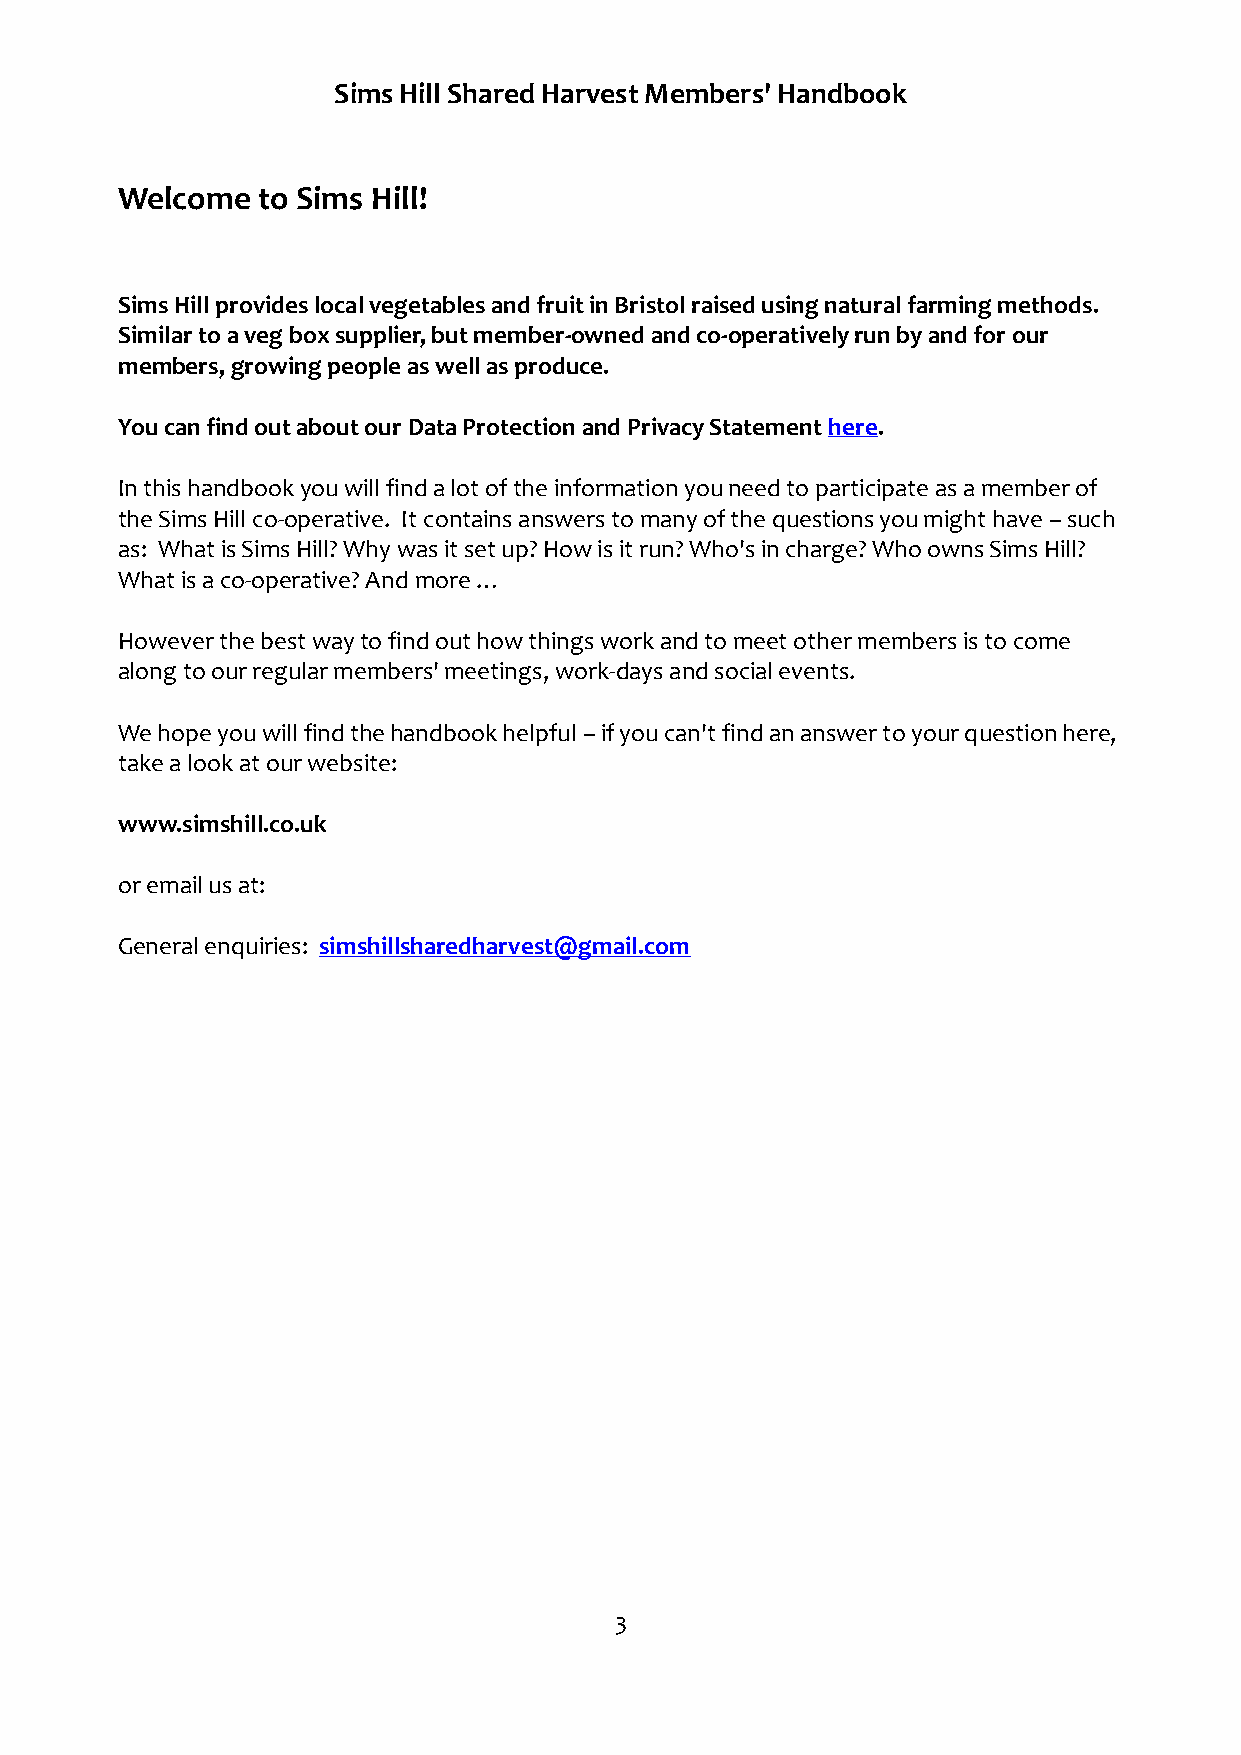
Sims Hill Shared Harvest Members' Handbook
 Welcome  to Sims Hill!
 Sims Hill provides local vegetables and fruit in Bristol raised using natural farming methods.
 Similar to a veg box supplier, but member-owned and co-operatively run by and for our
 members, growing people as well as produce.
 You can find out about our Data Protection and Privacy Statement here.
 In this handbook you will find a lot of the information you need to participate as a member of
 the Sims Hill co-operative. It contains answers to many of the questions you might have – such
 as: What is Sims Hill? Why was it set up? How is it run? Who's in charge? Who owns Sims Hill?
 What is a co-operative? And more …
 However the best way to find out how things work and to meet other members is to come
 along to our regular members' meetings, work-days and social events.
 We hope you will find the handbook helpful – if you can't find an answer to your question here,
 take a look at our website:
 www.simshill.co.uk
 or email us at:
 General enquiries: simshillsharedharvest@gmail.com
 3